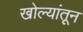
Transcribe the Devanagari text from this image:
खोल्यांतून